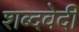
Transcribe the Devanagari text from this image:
शब्दवेदी